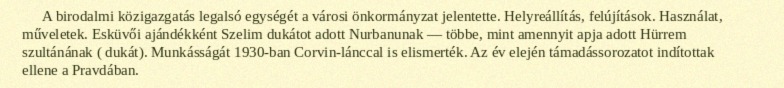
A birodalmi közigazgatás legalsó egységét a városi önkormányzat jelentette. Helyreállítás, felújítások. Használat, műveletek. Esküvői ajándékként Szelim dukátot adott Nurbanunak — többe, mint amennyit apja adott Hürrem szultánának ( dukát). Munkásságát 1930-ban Corvin-lánccal is elismerték. Az év elején támadássorozatot indítottak ellene a Pravdában.